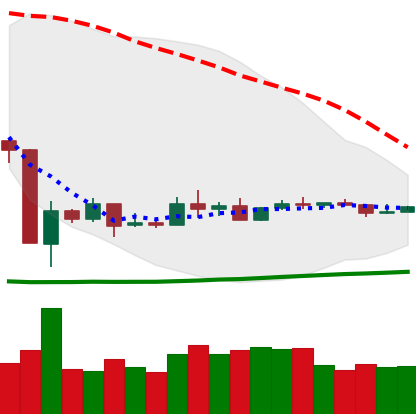
Ticker: ETC-USD
Chart end date: 2020-03-30
Forward return: 4.027%
Label: up_3_5